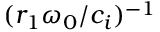
( r _ { 1 } \omega _ { 0 } / c _ { i } ) ^ { - 1 }